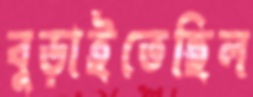
বুড়াইতেছিল